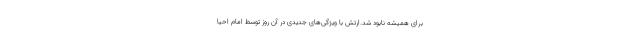
برای همیشه نابود شد.ارتش با ویژگی‌های جدیدی در آن روز توسط امام احیا